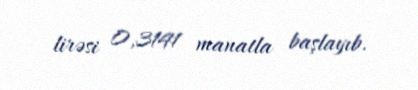
lirəsi 0,3141 manatla başlayıb.